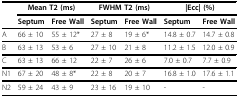
|  | <COLSPAN=2> Mean T2 (ms) | <COLSPAN=2> FWHM T2 (ms) | <COLSPAN=2> |Ecc| (%) |
 |  | Septum | Free Wall | Septum | Free Wall | Septum | Free Wall |
 | --- | --- | --- | --- | --- | --- | --- |
 | A | 66 ± 10 | 55 ± 12* | 27 ± 8 | 19 ± 6* | 14.8 ± 0.7 | 14.7 ± 0.8 |
 | B | 63 ± 13 | 53 ± 6 | 27 ± 10 | 21 ± 8 | 11.2 ± 1.5 | 12.0 ± 0.9 |
 | C | 63 ± 13 | 66 ± 12 | 22 ± 7 | 26 ± 6 | 7.0 ± 0.7 | 7.7 ± 0.9 |
 | N1 | 67 ± 20 | 48 ± 8* | 22 ± 8 | 20 ± 7 | 16.8 ± 1.0 | 17.6 ± 1.1 |
 | N2 | 59 ± 24 | 43 ± 9 | 23 ± 16 | 19 ± 10 | - | - |